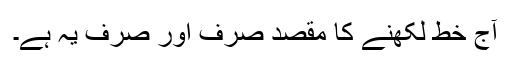
آج خط لکھنے کا مقصد صرف اور صرف یہ ہے۔